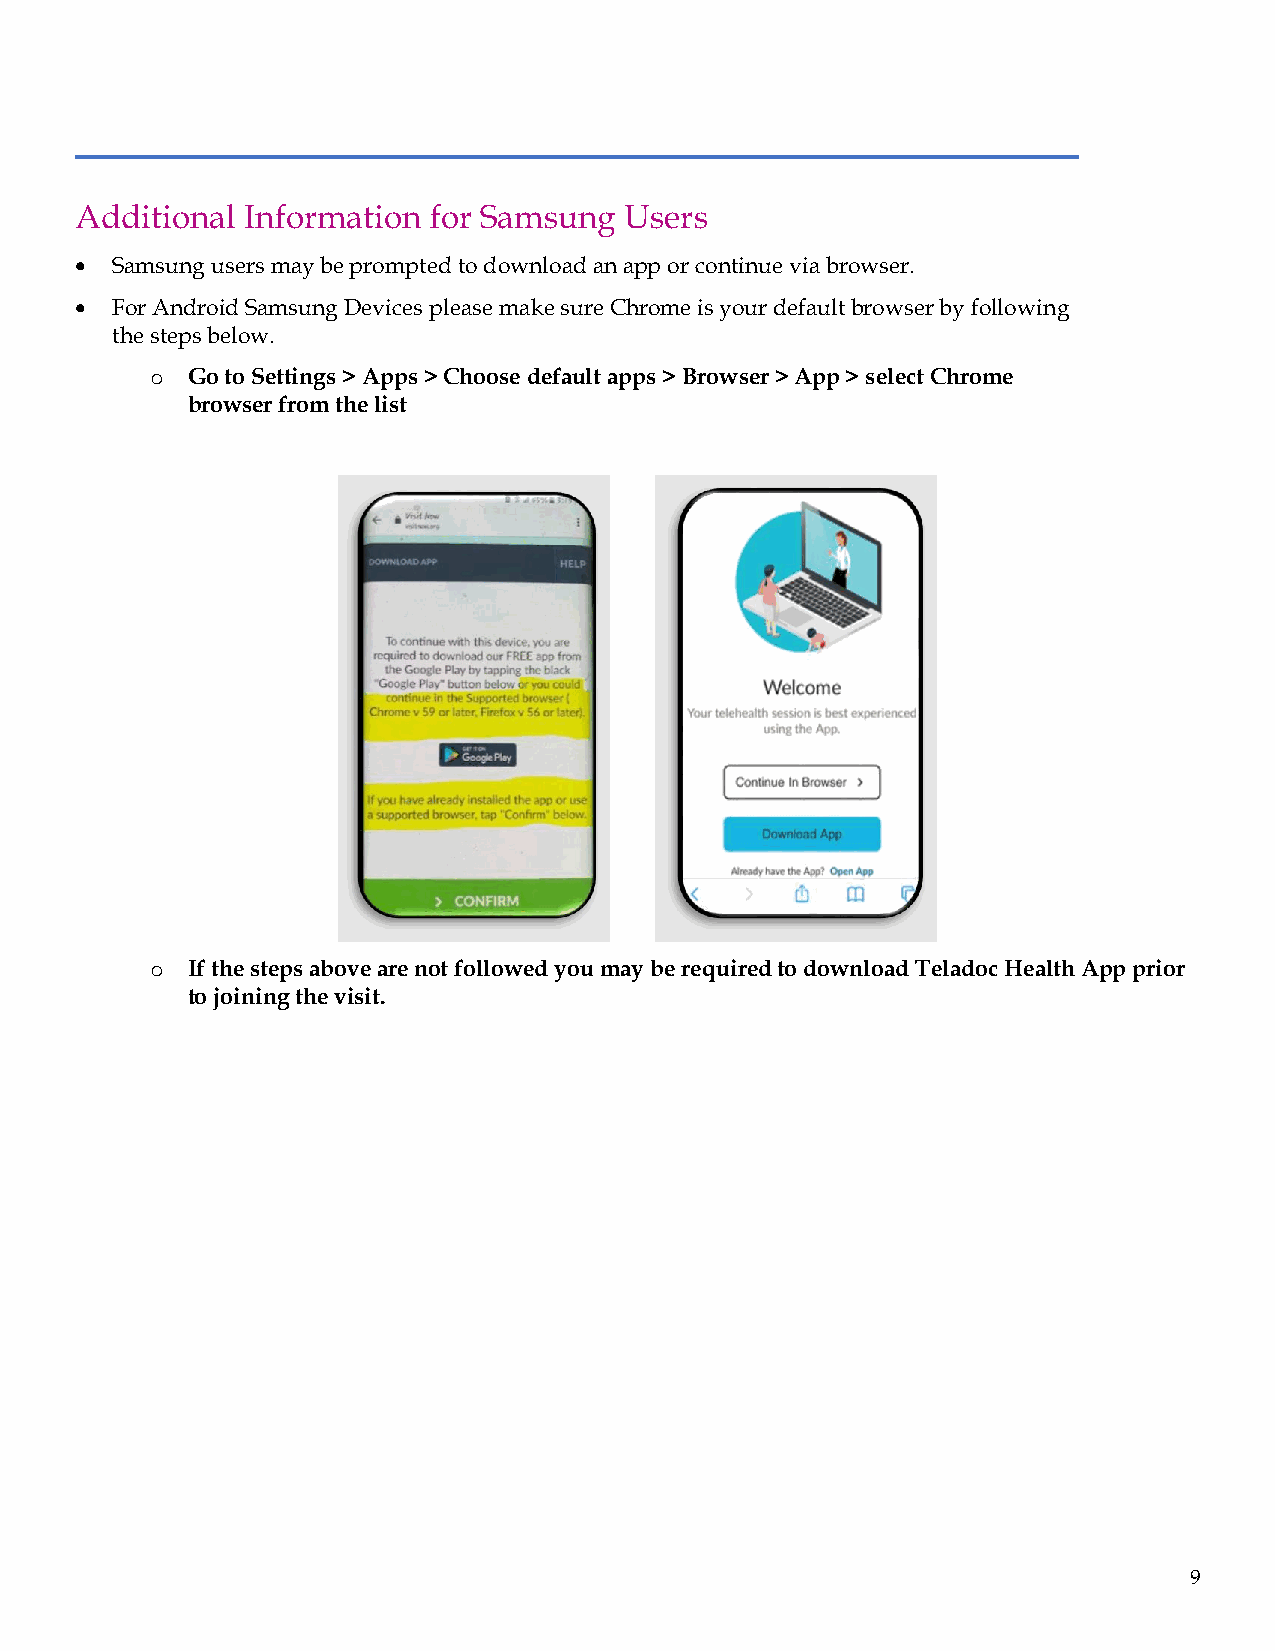
Additional Information for Samsung  Users
 • Samsung users may be prompted to download an app or continue via browser.
 • For Android Samsung Devices please make sure Chrome is your default browser by following
 the steps below.
 o Go to Settings > Apps > Choose default apps > Browser > App > select Chrome
 browser from the list
 o If the steps above are not followed you may be required to download Teladoc Health App prior
 to joining the visit.
 9